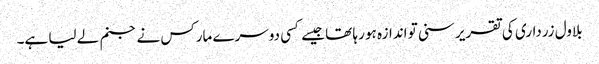
بلاول زرداری کی تقریر سنی تو اندازہ ہو رہا تھا جیسے کسی دوسرے مارکس نے جنم لے لیا ہے۔